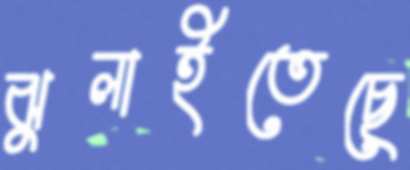
ঝুলাইতেছে